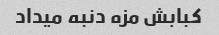
کبابش مزه دنبه میداد